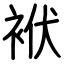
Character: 袱